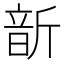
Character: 𩐙